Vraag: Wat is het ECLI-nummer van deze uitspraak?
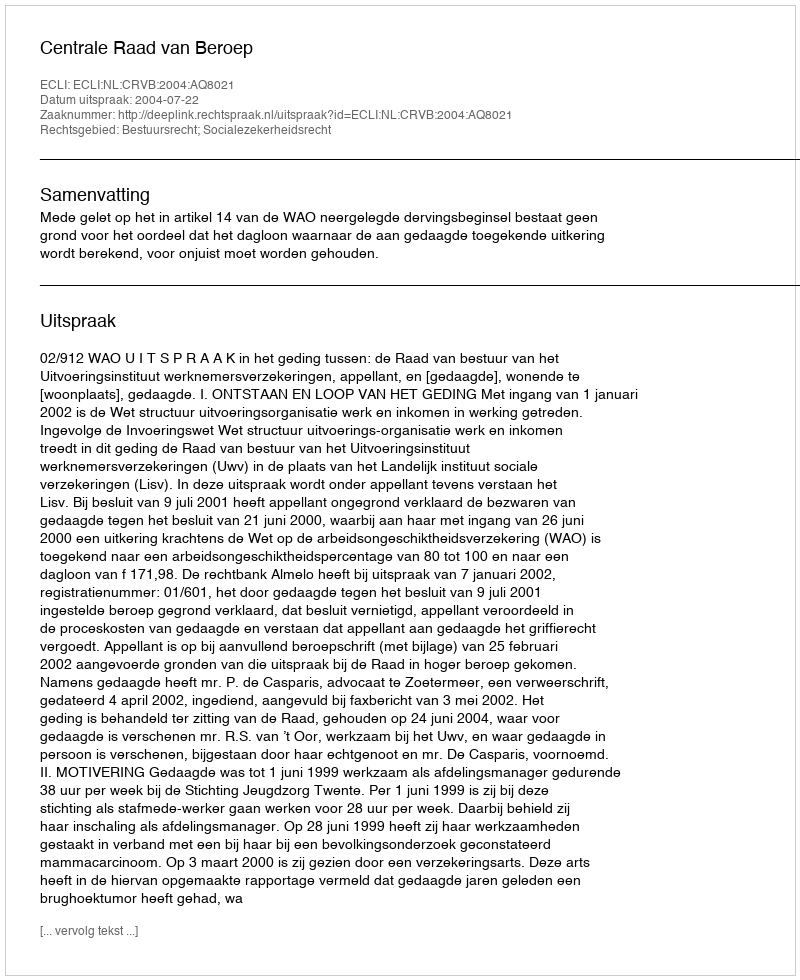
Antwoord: ECLI:NL:CRVB:2004:AQ8021